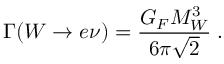
\Gamma ( W \to e \nu ) = \frac { G _ { F } M _ { W } ^ { 3 } } { 6 \pi \sqrt { 2 } } \; .